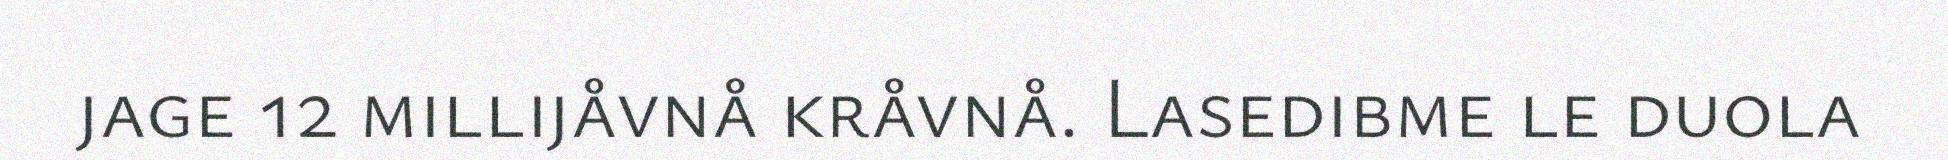
jage 12 millijåvnå kråvnå. Lasedibme le duola